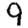
Digit: 9